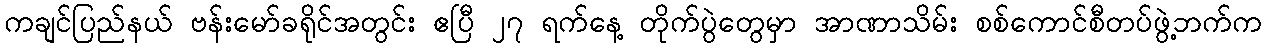
ကချင်ပြည်နယ် ဗန်းမော်ခရိုင်အတွင်း ဧပြီ ၂၇ ရက်နေ့ တိုက်ပွဲတွေမှာ အာဏာသိမ်း စစ်ကောင်စီတပ်ဖွဲ့ဘက်က